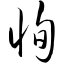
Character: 恂